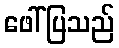
ဖေါ်ပြသည်